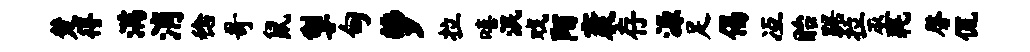
楚得满消稔哥鼠掣甸萝拉嘻泯戏陌袤存源足偈冱眙踞拉巫耗磬侃